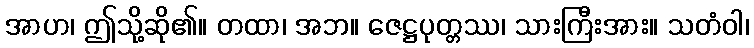
အာဟ၊ ဤသို့ဆို၏။ တထာ၊ အဘ။ ဇေဋ္ဌပုတ္တဿ၊ သားကြီးအား။ သတံဝါ၊